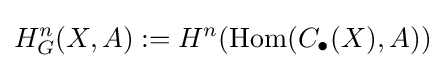
H_{G}^{n}(X,A):=H^{n}({\text{Hom}}(C_{\bullet }(X),A))